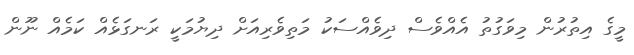
މީގެ އިތުރުން މިވަގުތު އެއްވެސް ދިވެއްސަކު މަތިވެރިއަށް ދިޔުމަކީ ރަނގަޅެއް ކަމެއް ނޫން